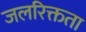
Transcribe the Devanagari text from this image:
जलरिक्तता